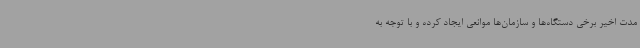
مدت اخیر برخی دستگاه‌ها و سازمان‌ها موانعی ایجاد کرده و با توجه به